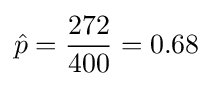
{\hat {p}}={\frac {272}{400}}=0.68